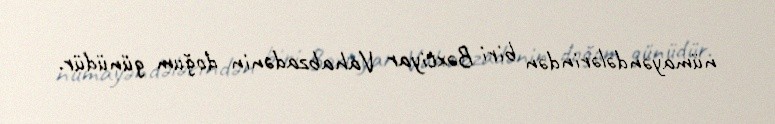
nümayəndələrindən biri Bəxtiyar Vahabzadənin doğum günüdür.